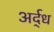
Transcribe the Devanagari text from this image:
अर्द्‌ध